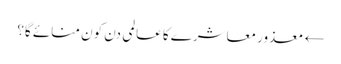
← معذور معاشرے کا عالمی دن کون منائے گا؟